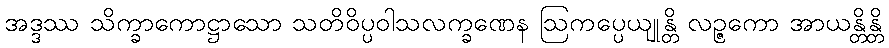
အဒ္ဒဿ သိက္ခာကောဋ္ဌာသော သတိဝိပ္ပဝါသလက္ခဏေန ဩကပ္ပေယျုန္တိ လဉ္ဇကော အာယန္တိန္တိ